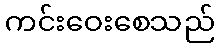
ကင်းဝေးစေသည်